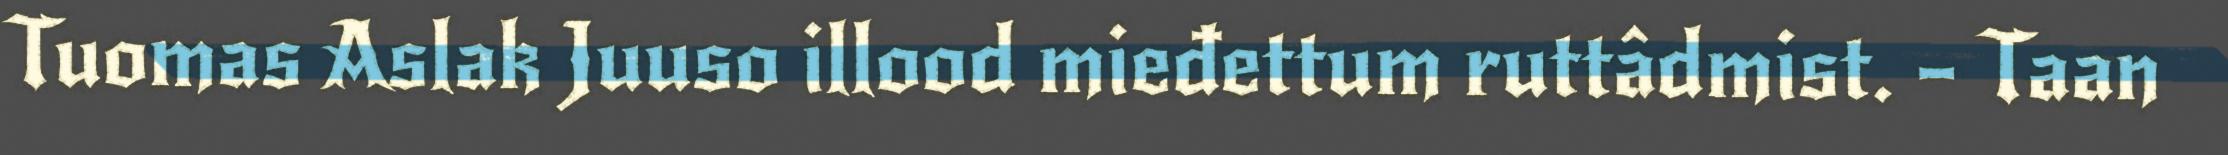
Tuomas Aslak Juuso illood mieđettum ruttâdmist. – Taan